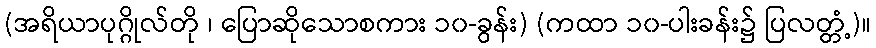
(အရိယာပုဂ္ဂိုလ်တို ၊ ပြောဆိုသောစကား ၁၀-ခွန်း) (ကထာ ၁၀-ပါးခန်း၌ ပြလတ္တံ့)။